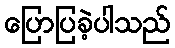
ပြောပြခဲ့ပါသည်